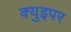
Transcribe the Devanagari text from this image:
क्युइपर